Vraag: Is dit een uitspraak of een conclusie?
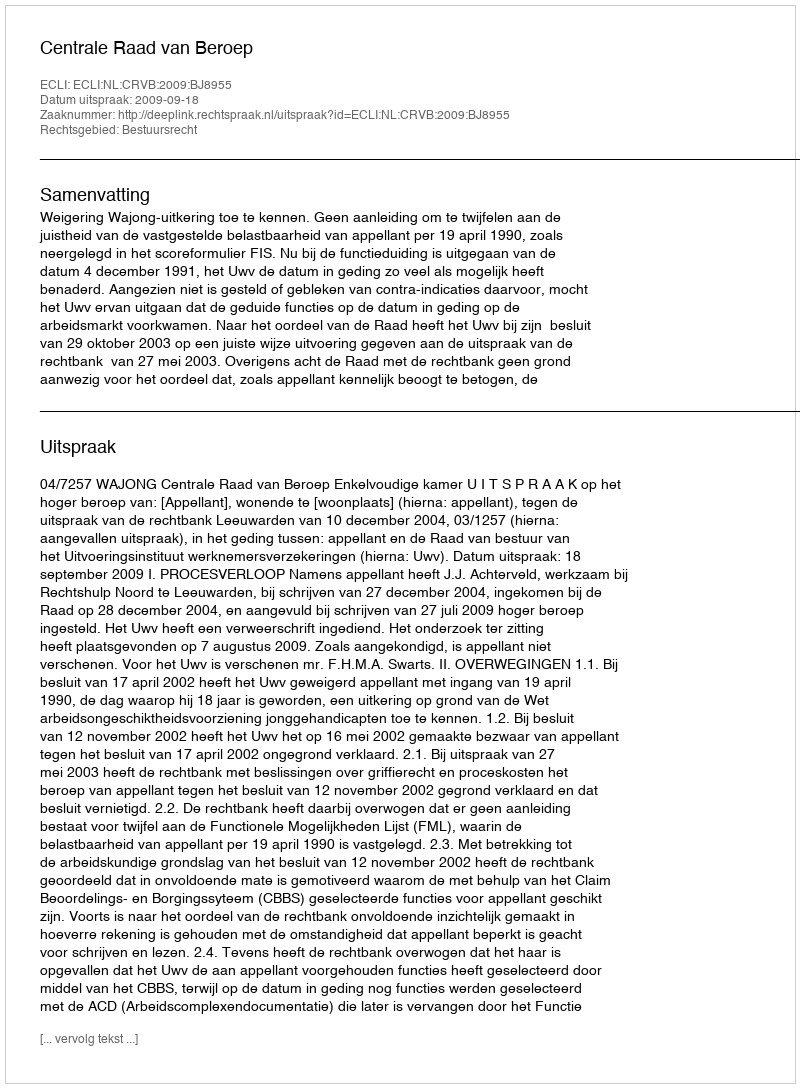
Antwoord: Uitspraak